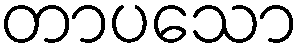
တာပသော